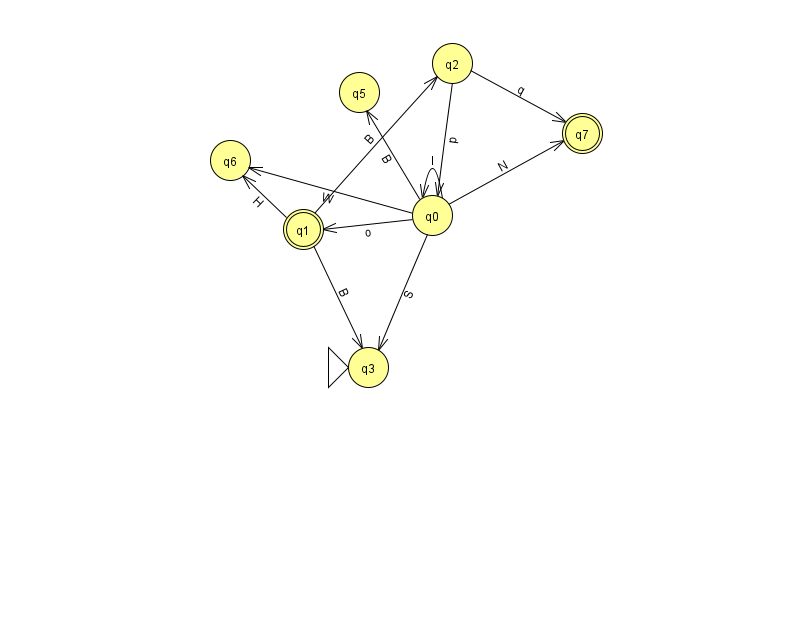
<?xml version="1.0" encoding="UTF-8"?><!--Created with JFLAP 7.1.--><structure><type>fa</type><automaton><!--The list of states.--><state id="0" name="q0"><x>432.0</x><y>202.0</y></state><state id="1" name="q1"><x>303.0</x><y>216.0</y><final/></state><state id="2" name="q2"><x>452.0</x><y>50.0</y></state><state id="3" name="q3"><x>368.0</x><y>354.0</y><initial/></state><state id="5" name="q5"><x>359.0</x><y>79.0</y></state><state id="6" name="q6"><x>230.0</x><y>147.0</y></state><state id="7" name="q7"><x>582.0</x><y>120.0</y><final/></state><!--The list of transitions.--><transition><from>1</from><to>6</to><read>H</read></transition><transition><from>0</from><to>5</to><read>B</read></transition><transition><from>0</from><to>6</to><read>W</read></transition><transition><from>0</from><to>0</to><read>I</read></transition><transition><from>1</from><to>2</to><read>B</read></transition><transition><from>1</from><to>3</to><read>B</read></transition><transition><from>2</from><to>0</to><read>p</read></transition><transition><from>0</from><to>1</to><read>o</read></transition><transition><from>2</from><to>7</to><read>q</read></transition><transition><from>0</from><to>7</to><read>N</read></transition><transition><from>0</from><to>3</to><read>S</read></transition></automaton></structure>